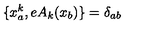
\{ x _ { a } ^ { k } , e A _ { k } ( x _ { b } ) \} = \delta _ { a b }